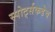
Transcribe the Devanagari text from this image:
स्पोर्ट्सकडेच